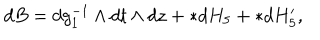
d B = d g _ { 1 } ^ { - 1 } \wedge d t \wedge d z + * d H _ { 5 } + * d H _ { 5 } ^ { \prime } ,